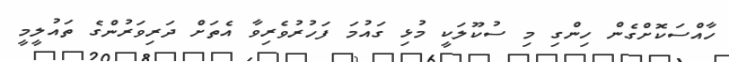
ހާއްސަކޮށްގެން ހިންގި މި ސުކޫލަކީ މުޅި ގައުމަ ފަހުރުވެރިވާ އެތަށް ދަރިވަރުންގެ ތައުލީމީ